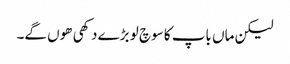
لیکن ماں باپ کا سوچ لو بڑے دکھی ھوں گے۔